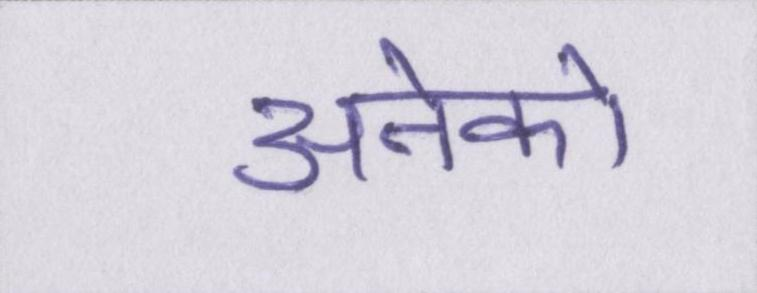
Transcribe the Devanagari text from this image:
अनेको